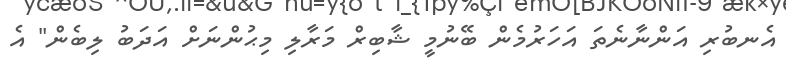
އެނބުރި އަންނާނެތަ އަހަރުމެން ބޭނުމީ ޝާބިރް މަރާލި މިޙުންނަށް އަދަބު ލިބެން" އެ